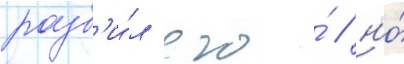
разб'и́л его́ / но́